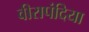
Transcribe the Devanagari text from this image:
वीरापंदिया